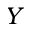
Y